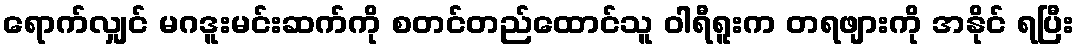
ရောက်လျှင် မဂဒူးမင်းဆက်ကို စတင်တည်ထောင်သူ ဝါရီရူးက တရဖျားကို အနိုင် ရပြီး